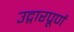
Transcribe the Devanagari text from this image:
उद्गारपूर्ण